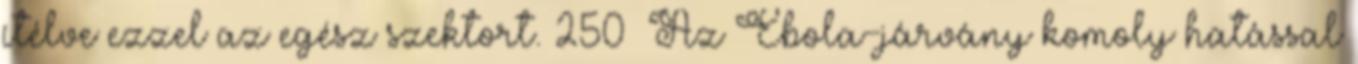
ítélve ezzel az egész szektort. 250 Az Ebola-járvány komoly hatással